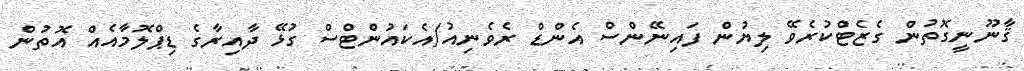
ޤާނޫނީގޮތުން ގެޒެޓްކުރެވޭ ލިޔުން ފައިނޭންސް އެންޑް ރެވެނިއު/އެކައުންޓްސް ގުޅޭ ދާއިރާގެ ޑިޕްލޮމާއެއް އޮތުން